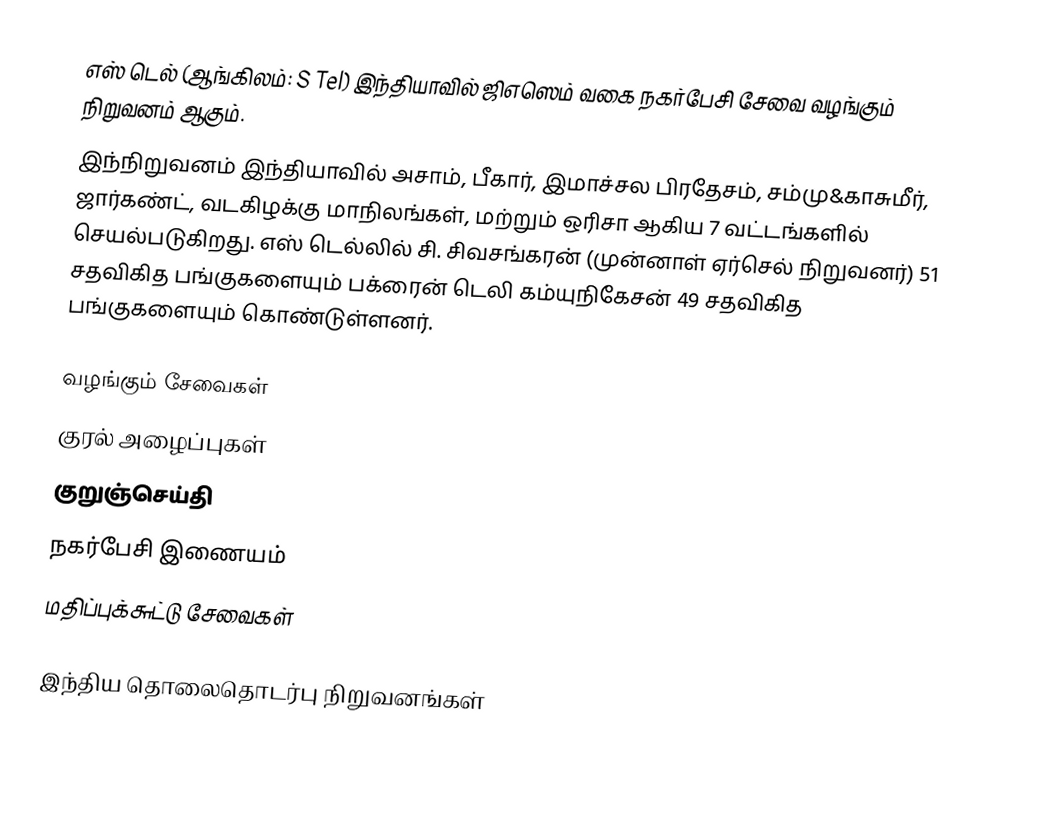
எஸ் டெல் (ஆங்கிலம்: S Tel)  இந்தியாவில் ஜிஎஸெம் வகை நகர்பேசி சேவை வழங்கும் நிறுவனம் ஆகும்.
இந்நிறுவனம் இந்தியாவில் அசாம், பீகார், இமாச்சல பிரதேசம், சம்மு&காசுமீர், ஜார்கண்ட், வடகிழக்கு மாநிலங்கள், மற்றும் ஒரிசா ஆகிய 7 வட்டங்களில் செயல்படுகிறது. எஸ் டெல்லில் சி. சிவசங்கரன் (முன்னாள் ஏர்செல் நிறுவனர்) 51 சதவிகித பங்குகளையும் பக்ரைன் டெலி கம்யுநிகேசன் 49 சதவிகித பங்குகளையும் கொண்டுள்ளனர்.

வழங்கும் சேவைகள்
 குரல் அழைப்புகள்
 குறுஞ்செய்தி
 நகர்பேசி இணையம்
 மதிப்புக்௬ட்டு    சேவைகள்

இந்திய தொலைதொடர்பு நிறுவனங்கள்